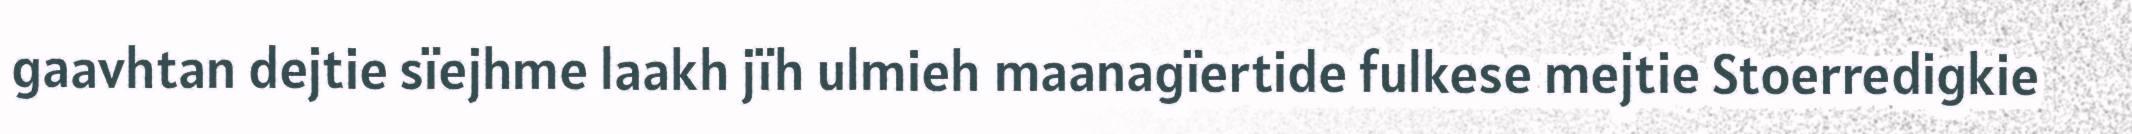
gaavhtan dejtie sïejhme laakh jïh ulmieh maanagïertide fulkese mejtie Stoerredigkie